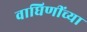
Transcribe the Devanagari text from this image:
वाघिणींच्या